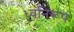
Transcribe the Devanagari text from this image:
ध्वनिरूप